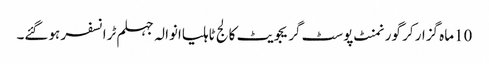
10ماہ گزار کر گورنمنٹ پوسٹ گریجویٹ کالج ٹاہلیاانوالہ جہلم ٹرانسفر ہوگئے۔